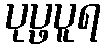
ပုပ္ဖပူရ